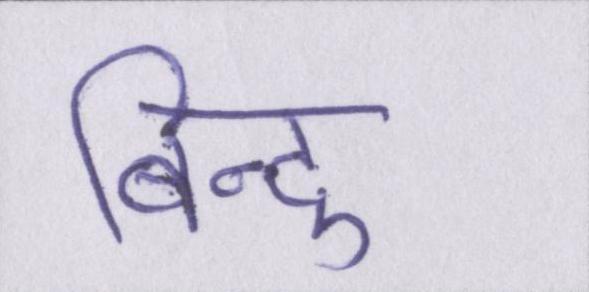
बिन्दु